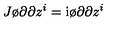
J \o { \partial } { \partial z ^ { i } } = \mathrm { i } \o { \partial } { \partial z ^ { i } }